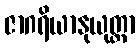
ဇာဂရိယာနုယုတ္တာ